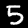
Label: 5